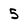
Character: 5